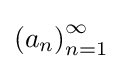
\left(a_{n}\right)_{n=1}^{\infty }